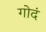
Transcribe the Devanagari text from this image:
गोदं